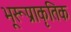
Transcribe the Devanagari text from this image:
भूरूप्राकृतिक